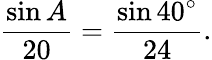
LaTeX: {\frac{\sin A}{20}}={\frac{\sin 40^{\circ}}{24}}.